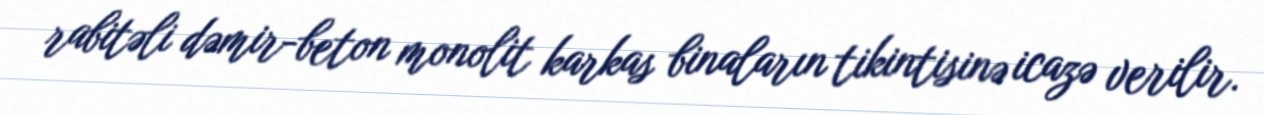
rabitəli dəmir-beton monolit karkas binaların tikintisinə icazə verilir.